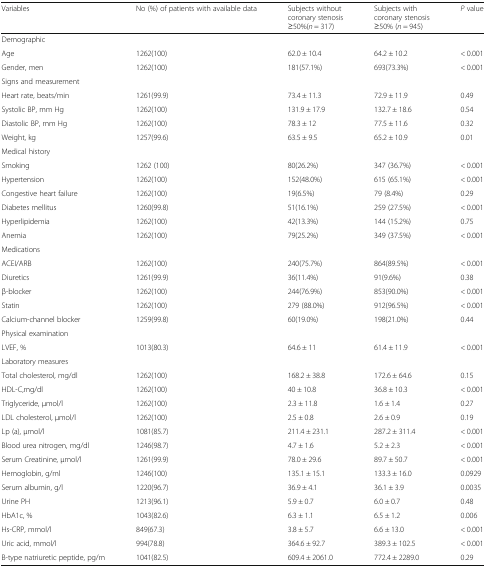
<table><thead><tr><td><b>Variables</b></td><td><b>No (%) of patients with available data</b></td><td><b>Subjects withoutcoronary stenosis≥50%(<i>n</i> = 317)</b></td><td><b>Subjects withcoronary stenosis≥50% (<i>n</i> = 945)</b></td><td><b><i>P</i> value</b></td></tr></thead><tbody><tr><td colspan="5">Demographic</td></tr><tr><td>Age</td><td>1262(100)</td><td>62.0 ± 10.4</td><td>64.2 ± 10.2</td><td>&lt; 0.001</td></tr><tr><td>Gender, men</td><td>1262(100)</td><td>181(57.1%)</td><td>693(73.3%)</td><td>&lt; 0.001</td></tr><tr><td colspan="5">Signs and measurement</td></tr><tr><td>Heart rate, beats/min</td><td>1261(99.9)</td><td>73.4 ± 11.3</td><td>72.9 ± 11.9</td><td>0.49</td></tr><tr><td>Systolic BP, mm Hg</td><td>1262(100)</td><td>131.9 ± 17.9</td><td>132.7 ± 18.6</td><td>0.54</td></tr><tr><td>Diastolic BP, mm Hg</td><td>1262(100)</td><td>78.3 ± 12</td><td>77.5 ± 11.6</td><td>0.32</td></tr><tr><td>Weight, kg</td><td>1257(99.6)</td><td>63.5 ± 9.5</td><td>65.2 ± 10.9</td><td>0.01</td></tr><tr><td colspan="5">Medical history</td></tr><tr><td>Smoking</td><td>1262 (100)</td><td>80(26.2%)</td><td>347 (36.7%)</td><td>&lt; 0.001</td></tr><tr><td>Hypertension</td><td>1262(100)</td><td>152(48.0%)</td><td>615 (65.1%)</td><td>&lt; 0.001</td></tr><tr><td>Congestive heart failure</td><td>1262(100)</td><td>19(6.5%)</td><td>79 (8.4%)</td><td>0.29</td></tr><tr><td>Diabetes mellitus</td><td>1260(99.8)</td><td>51(16.1%)</td><td>259 (27.5%)</td><td>&lt; 0.001</td></tr><tr><td>Hyperlipidemia</td><td>1262(100)</td><td>42(13.3%)</td><td>144 (15.2%)</td><td>0.75</td></tr><tr><td>Anemia</td><td>1262(100)</td><td>79(25.2%)</td><td>349 (37.5%)</td><td>&lt; 0.001</td></tr><tr><td colspan="5">Medications</td></tr><tr><td>ACEI/ARB</td><td>1262(100)</td><td>240(75.7%)</td><td>864(89.5%)</td><td>&lt; 0.001</td></tr><tr><td>Diuretics</td><td>1261(99.9)</td><td>36(11.4%)</td><td>91(9.6%)</td><td>0.38</td></tr><tr><td>β-blocker</td><td>1262(100)</td><td>244(76.9%)</td><td>853(90.0%)</td><td>&lt; 0.001</td></tr><tr><td>Statin</td><td>1262(100)</td><td>279 (88.0%)</td><td>912(96.5%)</td><td>&lt; 0.001</td></tr><tr><td>Calcium-channel blocker</td><td>1259(99.8)</td><td>60(19.0%)</td><td>198(21.0%)</td><td>0.44</td></tr><tr><td colspan="5">Physical examination</td></tr><tr><td>LVEF, %</td><td>1013(80.3)</td><td>64.6 ± 11</td><td>61.4 ± 11.9</td><td>&lt; 0.001</td></tr><tr><td colspan="5">Laboratory measures</td></tr><tr><td>Total cholesterol, mg/dl</td><td>1262(100)</td><td>168.2 ± 38.8</td><td>172.6 ± 64.6</td><td>0.15</td></tr><tr><td>HDL-C,mg/dl</td><td>1262(100)</td><td>40 ± 10.8</td><td>36.8 ± 10.3</td><td>&lt; 0.001</td></tr><tr><td>Triglyceride, μmol/l</td><td>1262(100)</td><td>2.3 ± 11.8</td><td>1.6 ± 1.4</td><td>0.27</td></tr><tr><td>LDL cholesterol, μmol/l</td><td>1262(100)</td><td>2.5 ± 0.8</td><td>2.6 ± 0.9</td><td>0.19</td></tr><tr><td>Lp (a), μmol/l</td><td>1081(85.7)</td><td>211.4 ± 231.1</td><td>287.2 ± 311.4</td><td>&lt; 0.001</td></tr><tr><td>Blood urea nitrogen, mg/dl</td><td>1246(98.7)</td><td>4.7 ± 1.6</td><td>5.2 ± 2.3</td><td>&lt; 0.001</td></tr><tr><td>Serum Creatinine, μmol/l</td><td>1261(99.9)</td><td>78.0 ± 29.6</td><td>89.7 ± 50.7</td><td>&lt; 0.001</td></tr><tr><td>Hemoglobin, g/ml</td><td>1246(100)</td><td>135.1 ± 15.1</td><td>133.3 ± 16.0</td><td>0.0929</td></tr><tr><td>Serum albumin, g/l</td><td>1220(96.7)</td><td>36.9 ± 4.1</td><td>36.1 ± 3.9</td><td>0.0035</td></tr><tr><td>Urine PH</td><td>1213(96.1)</td><td>5.9 ± 0.7</td><td>6.0 ± 0.7</td><td>0.48</td></tr><tr><td>HbA1c, %</td><td>1043(82.6)</td><td>6.3 ± 1.1</td><td>6.5 ± 1.2</td><td>0.006</td></tr><tr><td>Hs-CRP, mmol/l</td><td>849(67.3)</td><td>3.8 ± 5.7</td><td>6.6 ± 13.0</td><td>&lt; 0.001</td></tr><tr><td>Uric acid, mmol/l</td><td>994(78.8)</td><td>364.6 ± 92.7</td><td>389.3 ± 102.5</td><td>&lt; 0.001</td></tr><tr><td>B-type natriuretic peptide, pg/m</td><td>1041(82.5)</td><td>609.4 ± 2061.0</td><td>772.4 ± 2289.0</td><td>0.29</td></tr></tbody></table>